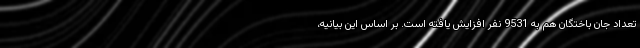
تعداد جان باختگان هم به 9531 نفر افزایش یافته است. بر اساس این بیانیه،